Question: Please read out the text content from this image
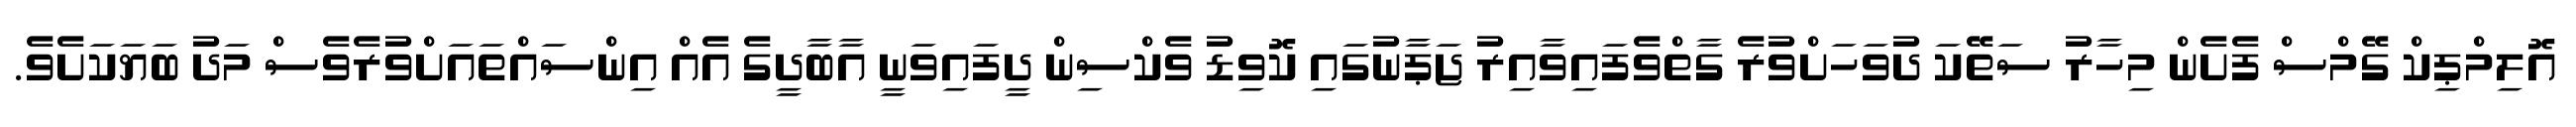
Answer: އޮލިމްޕިކް ގޭމްސް ފެށެން މިހާރު ސަތޭކަ ދުވަހަށްވުރެ ގާތްވެފައިވާއިރު ޖަޕާނުގައި ކޮވިޑު ވެކްސިން ދީފައިވަނީ އާބާދީގެ އެއް އިންސައްތައަށްވުރެވެސް މަދު ބަޔަކަށެވެ.